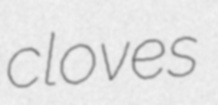
cloves